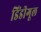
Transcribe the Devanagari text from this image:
डिंडीगूल